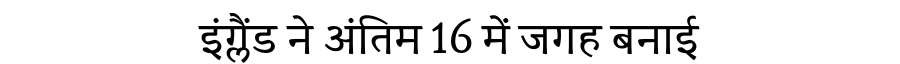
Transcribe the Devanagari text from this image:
इंग्लैंड ने अंतिम 16 में जगह बनाई